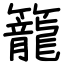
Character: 籠